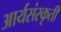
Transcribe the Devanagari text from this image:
आर्यसंस्कृती